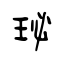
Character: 珌